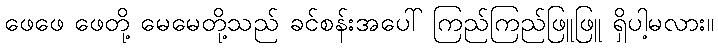
ဖေဖေ ဖေတို့ မေမေတို့သည် ခင်စန်းအပေါ် ကြည်ကြည်ဖြူဖြူ ရှိပါ့မလား။